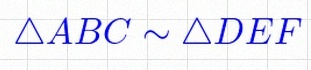
\triangle ABC\sim\triangle DEF